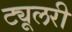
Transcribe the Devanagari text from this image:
ट्यूलरी